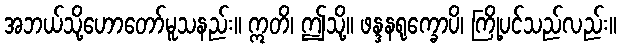
အဘယ်သို့ဟောတော်မူသနည်း။ ဣတိ၊ ဤသို့။ ဖန္ဒနရုက္ခောပိ၊ ကြို့ပင်သည်လည်း။